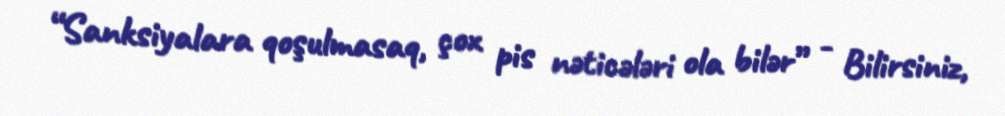
“Sanksiyalara qoşulmasaq, çox pis nəticələri ola bilər” - Bilirsiniz,